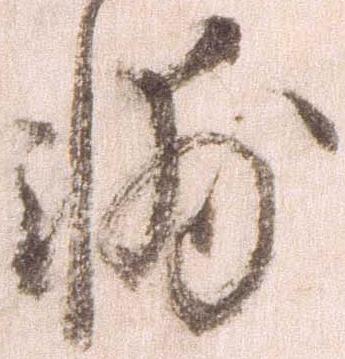
輔